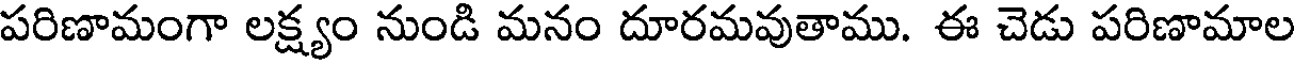
పరిణామంగా లక్ష్యం నుండి మనం దూరమవుతాము. ఈ చెడు పరిణామాల